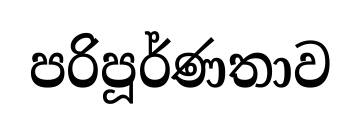
පරිපූර්ණතාව